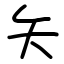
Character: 矢